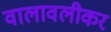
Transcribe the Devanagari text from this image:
वालावलीकर